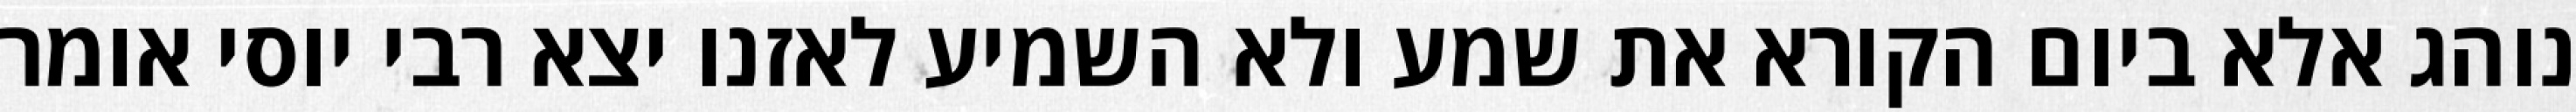
נוהג אלא ביום הקורא את שמע ולא השמיע לאזנו יצא רבי יוסי אומר